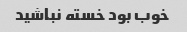
خوب بود خسته نباشید